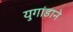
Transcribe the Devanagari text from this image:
युगांडाने